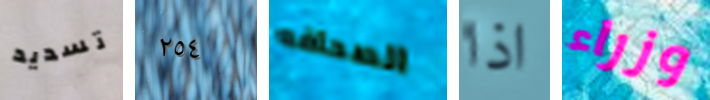
تسديد ٢٥٤ الصحافه اذا وزراء